Leaving Certificate Examination, 1908
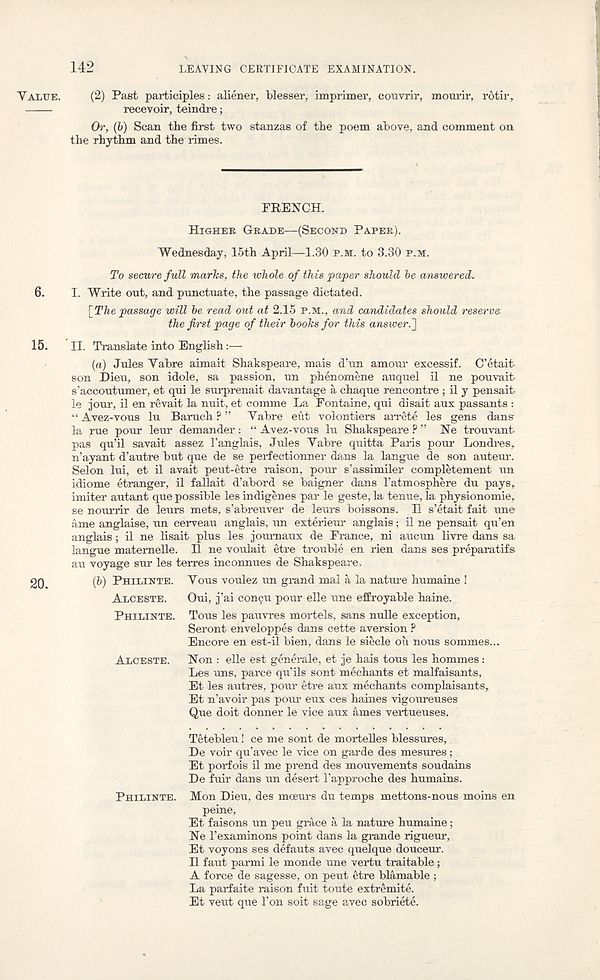
142
LEAVING CERTIFICATE EXAMINATION.
VALUE.
(2) Past participles: aliener, blesser, imprimer, convrir, mourir, rotir,
recevoir, teindre;
Or, (b) Scan the first two stanzas of the poem above, and comment on
the rhythm and the rimes.
FRENCH.
6.
15.
20.
HIGHER GRADE—(SECOND PAPER).
Wednesday, 15th April—1.30 P.M. to 3.30 P.M.
To secure full marks, the whole of this paper should be answered*
I. Write out, and punctuate, the passage dictated.
[The passage will be read out at 2.15 P.M., and candidates should reserve
the first page of their books for this answer.']
II. Translate into English:—
(a) Jules Vabre aimait Shakspeare, mais d’un amour excessif. C’etait
son Dieu, son idole, sa passion, un phenomene auquel il ne pouvait
s’accoutumer, et qui le surprenait davantage a chaque rencontre; il y pensait
le jour, il en revait la nuit, et comme La Fontaine, qui disait aux passants :
“ Avez-vous lu Baruch ? ” Vabre eut volontiers arrete les gens dans
la rue pour leur demander : “ Avez-vous lu Shakspeare ? ” Ne trouvant
pas qu’il savait assez I’anglais, Jules Vabre quitta Paris pour Londres,
n’ayant d’autre but que de se perfectionner dans la langue de son auteur.
Selon lui, et il avait peut-etre raison, pour s’assimiler completement un
idiome etranger, il fallait d’abord se baigner dans Tatmosphere du pays,
imiter autant que possible les indigenes par le geste, la tenue, la physionomie,
se noxu’rir de leurs mets, s’abreuver de leurs boissons. Il s’etait fait une
ame anglaise, un cerveau anglais, un exterieur anglais; il ne pensait qu’en
anglais; il ne lisait plus les joumaux de France, ni aucun livre dans sa
langue matemelle. H ne voulait etre trouble en rien dans ses preparatifs
an voyage sur les terres inconnues de Shakspeare.
(b) PHILINTE. VOUS voulez un grand mal a la nature humaine !
ALCESTE.
Oui, j’ai comju pour elle une effroyable haine.
PHILINTE. Tons les pauvres mortels, sans nulle exception,
Seront enveloppes dans cette aversion ?
Encore en est-il Men, dans le siecle ou nous sommes...
ALCESTE.
Non : elle est generale, et je hais tons les hommes :
Les uns, parce qu’ils sont mechants et malfaisants,
Et les autres, pour etre aux mechants complaisants,
Et n’avoir pas pom- eux ces haines vigoureuses
Que doit donner le vice aux ames vertueuses.
Tetebleu! ce me sont de mortelles blessures,
De voir qu’avec le vice on garde des mesures;
Et porfois il me prend des mouvements soudains
De fuir dans un desert 1’approche des humains.
PHILINTE. Mon Dieu, des moeurs du temps mettons-nous moins en
peine,
Et faisons un peu grace a la natm-e humaine;
Ne I’examinons point dans la grande rigueur,
Et voyons ses defauts avec quelque douceur.
Il faut parmi le monde une vertu traitable;
A force de sagesse, on pent etre blamable ;
La parfaite raison fuit toute extremite.
Et veut que 1’on soit sage avec sobriete.